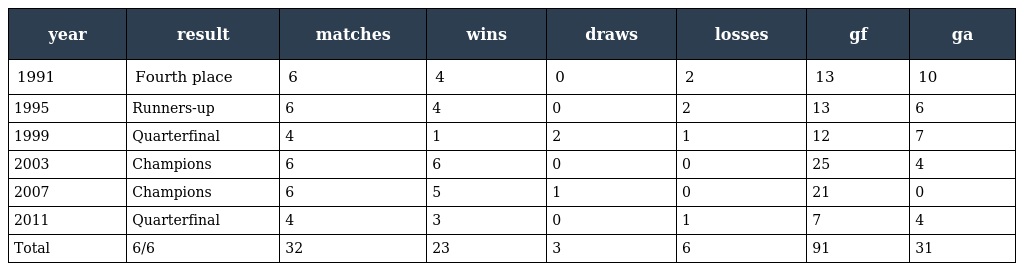
| year | result | matches | wins | draws | losses | gf | ga |
 | --- | --- | --- | --- | --- | --- | --- | --- |
 | 1991 | Fourth place | 6 | 4 | 0 | 2 | 13 | 10 |
 | 1995 | Runners-up | 6 | 4 | 0 | 2 | 13 | 6 |
 | 1999 | Quarterfinal | 4 | 1 | 2 | 1 | 12 | 7 |
 | 2003 | Champions | 6 | 6 | 0 | 0 | 25 | 4 |
 | 2007 | Champions | 6 | 5 | 1 | 0 | 21 | 0 |
 | 2011 | Quarterfinal | 4 | 3 | 0 | 1 | 7 | 4 |
 | Total | 6/6 | 32 | 23 | 3 | 6 | 91 | 31 |